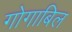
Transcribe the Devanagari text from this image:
गोगाबिल